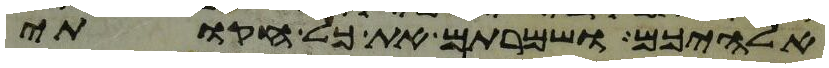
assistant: אלהיכם ושמרתם את כל חקותי